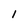
Character: 1